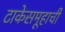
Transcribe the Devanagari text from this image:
टाकेसमूहाची